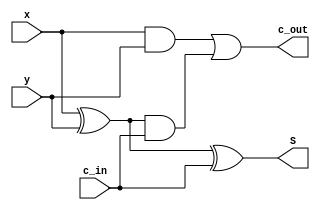
//////---Full_Adder---////
module Full_Adder(

input wire x,y,

input wire c_in,

output wire S,
output wire c_out
);

wire Sum_1;
wire carry_1;
//--For_Sum--//

assign Sum_1= x ^ y ;

assign S= Sum_1 ^ c_in ; 


//--For_Carry--//

assign carry_1 = Sum_1 & c_in; 
assign c_out = ((x&y) | carry_1);
endmodule